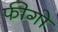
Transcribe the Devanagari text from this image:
फीगो